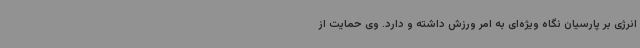
انرژی بر پارسیان نگاه ویژه‌ای به امر ورزش داشته و دارد. وی حمایت از